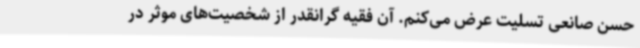
حسن صانعی تسلیت عرض می‌کنم. آن فقیه گرانقدر از شخصیت‌های موثر در